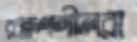
রক্ষণশীলরা